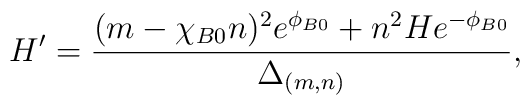
H' = \frac{ (m - \chi_{B0} n)^2 e^{\phi_{B0}} +  n^2 H e^{-\phi_{B0}}} {\Delta_{(m, n)}},